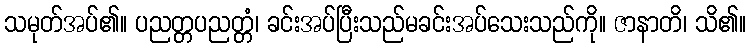
သမုတ်အပ်၏။ ပညတ္တပညတ္တံ၊ ခင်းအပ်ပြီးသည်မခင်းအပ်သေးသည်ကို။ ဇာနာတိ၊ သိ၏။